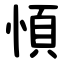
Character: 㥧